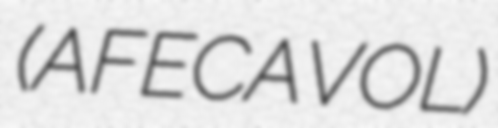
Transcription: (AFECAVOL)